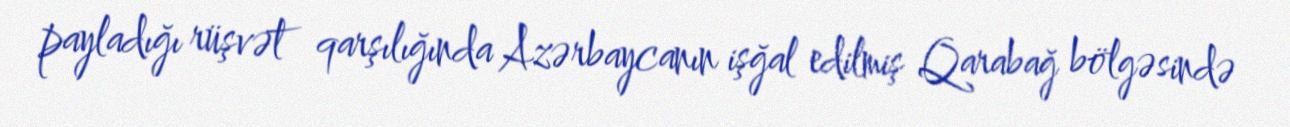
payladığı rüşvət qarşılığında Azərbaycanın işğal edilmiş Qarabağ bölgəsində